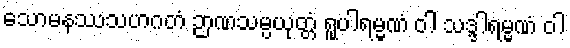
သောမနဿသဟဂတံ ဉာဏသမ္ပယုတ္တံ ရူပါရမ္မဏံ ဝါ သဒ္ဒါရမ္မဏံ ဝါ